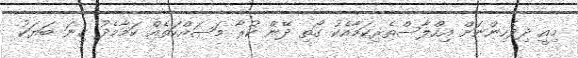
މިއީ ދިވެހިންނަށް އިހްލާސްތެރިކަމާއެކު ގޯތި ދޭން ކުރާ މަސައްކަތެއް ކަމާމެދު ގިނަ ބަޔަކު